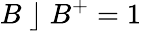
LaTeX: B\; \rfloor\; B^{+}=1